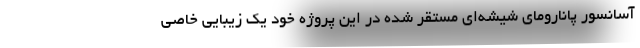
آسانسور پاناروماي شيشه‌اي مستقر شده در این پروژه خود يك زيبايي خاصي